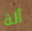
ألة